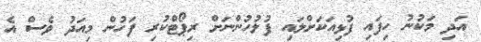
އަދި މަކުނު ހިފައި ފުޅިއަކަށްލައި ފުލުހުންނަށް ރިޕޯޓްކުރި ފަހުން މިއަދު ވެސް އެ